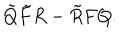
\tilde { Q } \tilde { F } R - \tilde { R } F Q .